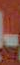
-